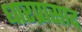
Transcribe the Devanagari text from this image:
धारप्रासाद